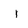
Character: i